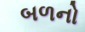
બળનો